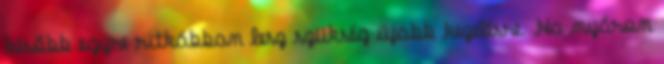
később egyre ritkábban lesz szükség újabb kezelésre. Ha nyáron